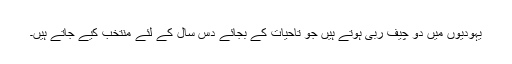
یہودیوں میں دو چیف ربیّ ہوتے ہیں جو تاحیات کے بجائے دس سال کے لئے منتخب کیے جاتے ہیں۔